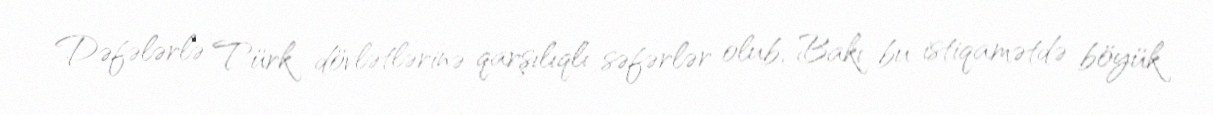
Dəfələrlə Türk dövlətlərinə qarşılıqlı səfərlər olub, Bakı bu istiqamətdə böyük